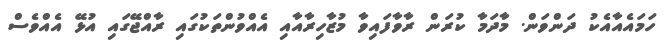
ހަމައެއާއެކު ދަންވަން. މާދަމާ ކުރަން ރާވާފައިވާ މުޒާހިރާއާއި އެއްވުންތަކުގައި ރާއްޖޭގައި އުޅޭ އެއްވެސް